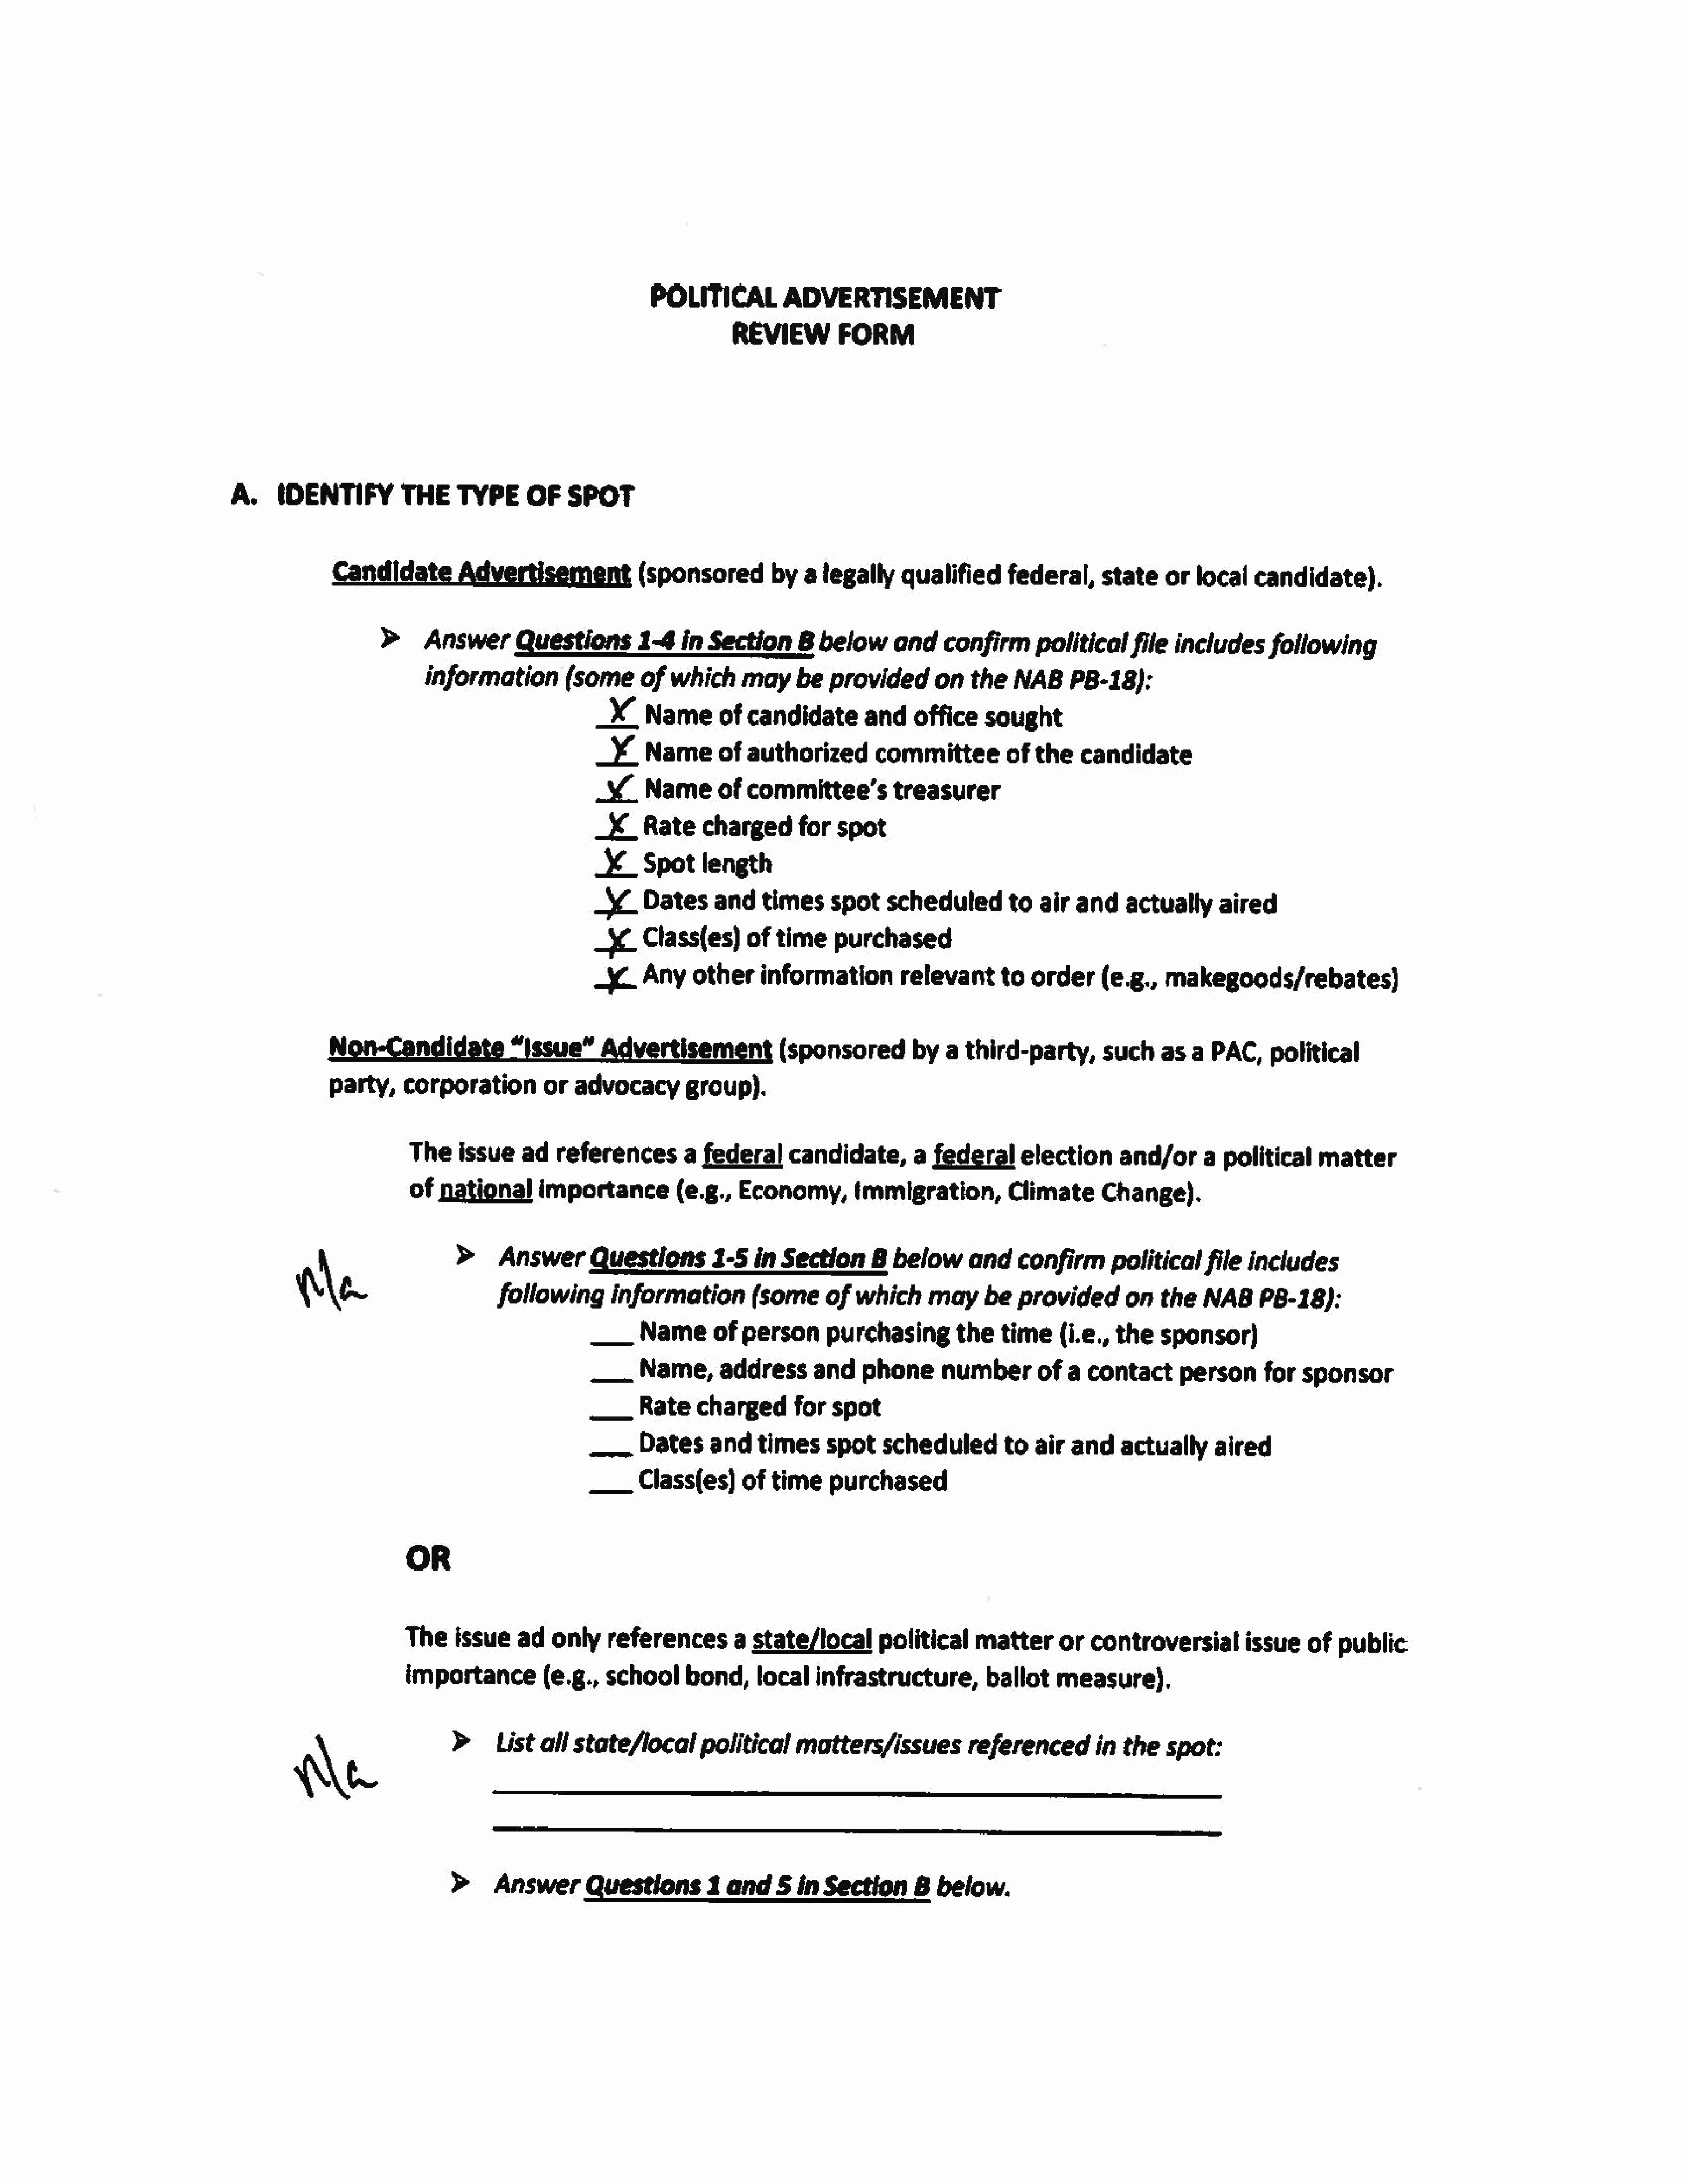
POLITICAL          ADVERTISEMENT
 REVIEW         FORM
 A.     IDENTIFY         THE     TYPE      OF    SPOT
 Advertisement                               (sponsored         by   a  legally    qualified      federal,     state     or  local   candidate).
 >      AnswerQuestions               1-4   in  Section      8  below      and    confirm      politicalfile       includes     following
 information         (some      of  which     may     be  provided        on   the   NAB     PB-18):
 x      Nameof         candidate        andoffice        sought
 _¥     Nameof         authorized        committee          of  the    candidate
 _      Name       of  committee’s          treasurer
 _X.    Rate    chargedfor          spot
 SX     Spot    length
 x“     Datesand         times     spot    scheduledto           air  and    actually     aired
 x      Class(es)      of  time    purchased
 -<     Anyotherinformation                  relevantto        order(e.g.,         makegoods/rebates)
 Non-Candidate             “Issue”      Advertisement             (sponsored         by  a  third-party,        such    as  a  PAC,political
 party,     corporation         or  advocacy        group).
 Theissue         ad   references        a federal      candidate,        a federal      election      and/ora        political     matter
 of  national      importance          (e.g.,   Economy,        immigration,          Climate      Change).
 >     AnswerQuestions                1-5   in  Section      B  below     and     confirm      politicalfile      includes
 We                           following       information          (some     of  which      may     be  provided        on   the   NAB     PB-18):
 __      Nameof        person      purchasing         the   time     {i.e., the    sponsor)
 —       Name,address            and    phone       numberofa           contact       person      for  sponsor
 ___     Rate    charged      for   spot
 ——      Dates    and    times     spot    scheduled         to  air  and    actually      aired
 ——     Class(es)      of  time     purchased
 OR
 Theissue        ad   only    references        a  state/local       political    matter      or   controversialissue             of  public
 importance          (e.g.,   school     bond,localinfrastructure,                  ballot    measure).
 Qe                     >     List  all  state/localpolitical            matters/issues          referenced         in  the   spot:
 >     AnswerQuestions               1  and    5  in  Section      B  below.